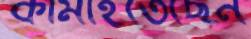
কামাইতেছেন